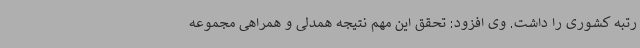
رتبه کشوری را داشت. وی افزود: تحقق این مهم نتیجه همدلی و همراهی مجموعه